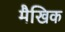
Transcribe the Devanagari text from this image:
मैखिक